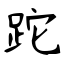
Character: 跎